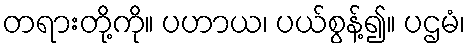
တရားတို့ကို။ ပဟာယ၊ ပယ်စွန့်၍။ ပဌမံ၊